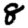
Digit: 8